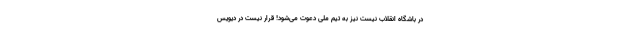
در باشگاه انقلاب نیست نیز به تیم ملی دعوت می‌شود! قرار نیست در دیویس